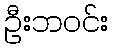
ဦးဘဝင်း